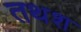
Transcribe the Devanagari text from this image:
तथश